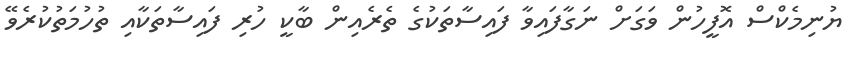
ޔުނިމެކްސް އޮފީހުން ވަގަށް ނަގާފައިވާ ފައިސާތަކުގެ ތެރެއިން ބާކީ ހުރި ފައިސާތަކާއި ތުހުމަތުކުރެވޭ